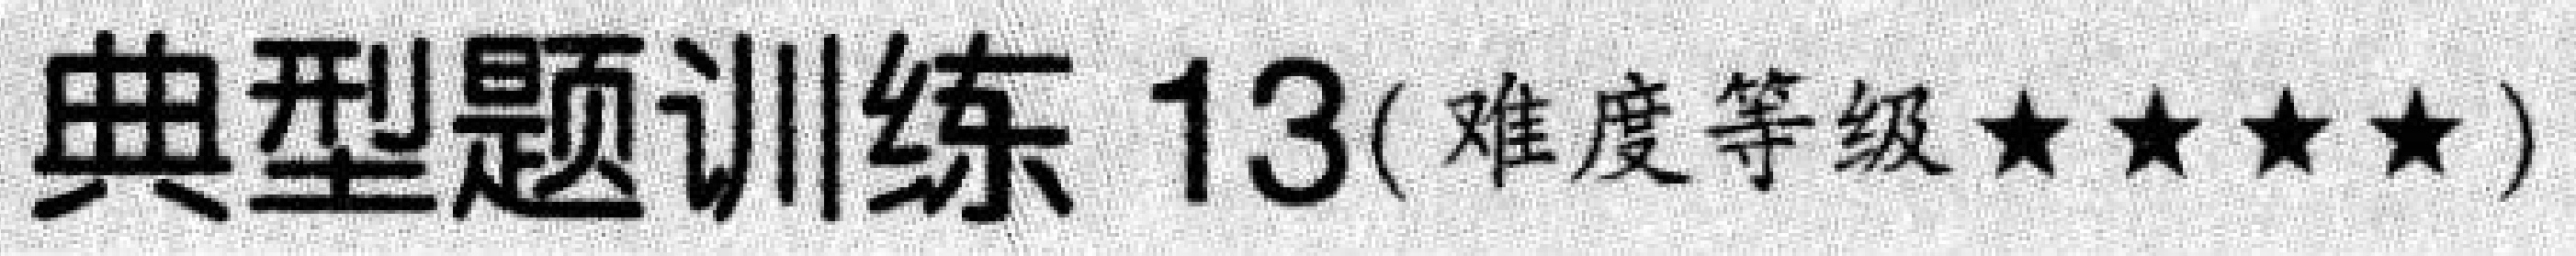
典型题训练 13(难度等级$\star\star\star\star$)